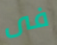
فى